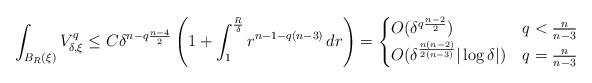
LaTeX: \begin{align*}\int_{B_R(\xi)} V_{\delta,\xi}^q \leq C\delta^{n-q\frac{n-4}{2}}\left(1+\int_1^\frac{R}{\delta} r^{n-1-q(n-3)}\, dr \right)= \begin{cases} O(\delta^{q\frac{n-2}{2}}) & q<\frac{n}{n-3}\\O(\delta^\frac{n(n-2)}{2(n-3)}|\log \delta|) & q=\frac{n}{n-3}\end{cases}\end{align*}